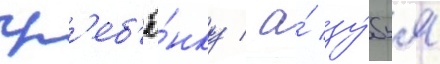
гр'еб'ё́нку / а́ зу́бья